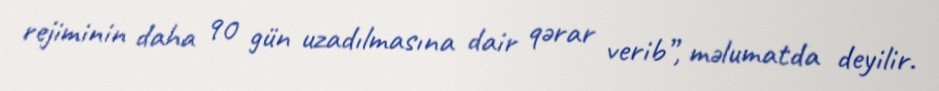
rejiminin daha 90 gün uzadılmasına dair qərar verib”, məlumatda deyilir.